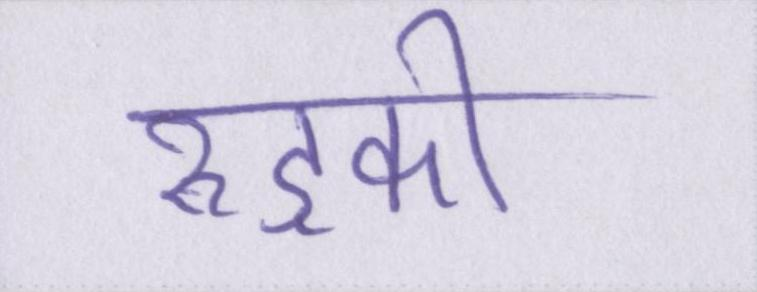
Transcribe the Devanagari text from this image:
रुड़की